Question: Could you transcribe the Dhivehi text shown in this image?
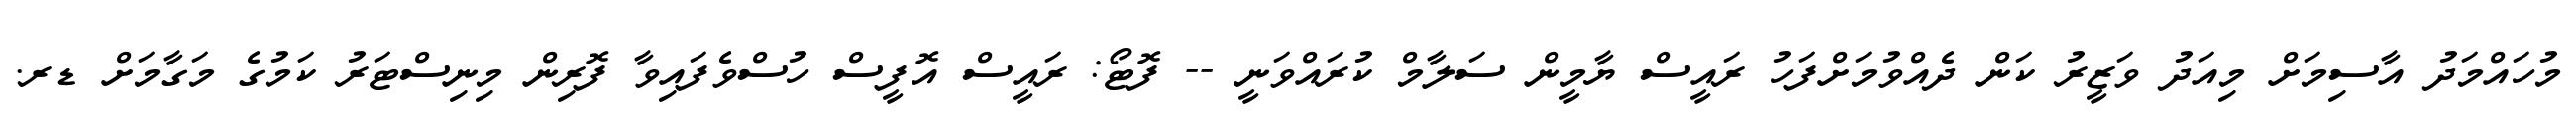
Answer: މުހައްމަދު އާސިމަށް މިއަދު ވަޒީރު ކަން ދެއްވުމަށްފަހު ރައީސް ޔާމީން ސަލާމް ކުރައްވަނީ -- ފޮޓޯ: ރައީސް އޮފީސް ހުސްވެފައިވާ ފޮރިން މިނިސްޓަރު ކަމުގެ މަގާމަށް ޑރ.